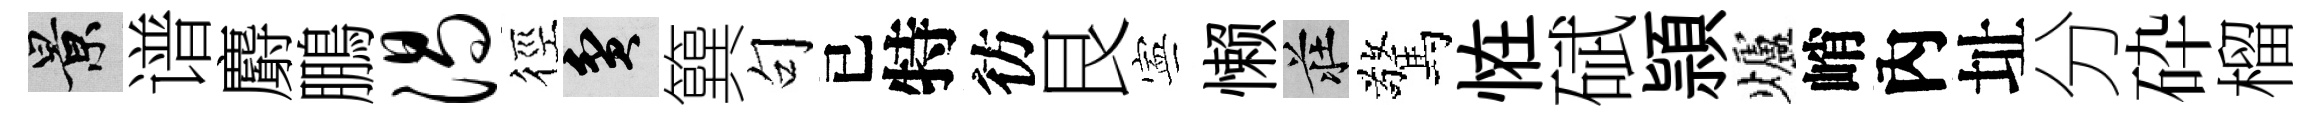
景谱麝鵬渴徑貧簨句已特彷艮寕懒莊驚恠碔頴爐峭內址分砕榴